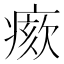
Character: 𤸺